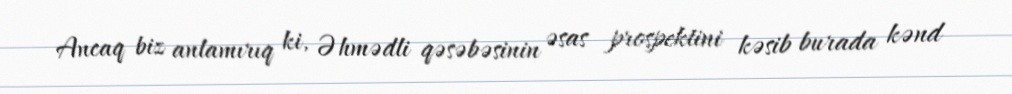
Ancaq biz anlamırıq ki, Əhmədli qəsəbəsinin əsas prospektini kəsib burada kənd